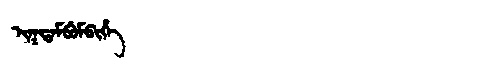
Manchu: ᡳᡴᡨᠠᠮᠪᡠᠮᠪᡳᡥᡝ
Romanization: IKTAMBUMBIHE